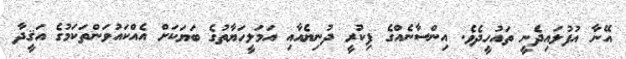
އޭނާ އުފުލައިދެނީ ތައުހީދެވެ. އިންސާނެއްގެ ފިކުރީ ދުނިޔެއާއި އަމަލީހަޔާތުގެ ބަޔަކަށް އެއްކައުވަންތަކަމުގެ އަޤީދާ